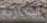
البخارية